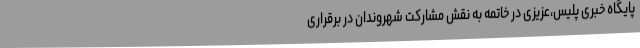
پایگاه خبری پلیس،عزیزی در خاتمه به نقش مشارکت شهروندان در برقراری